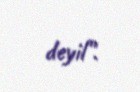
deyil”.